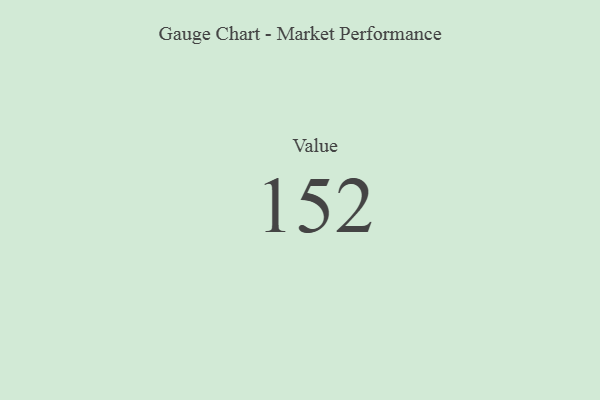
{"axis": {"x": "Metric", "y": "Value"}, "legend": [""], "data": [{"x": "Value", "y": 152, "type": ""}]}